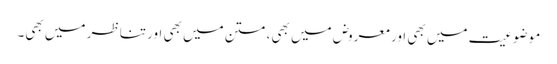
موضوعیت میں بھی اور معروض میں بھی، متن میں بھی اور تناظر میں بھی۔